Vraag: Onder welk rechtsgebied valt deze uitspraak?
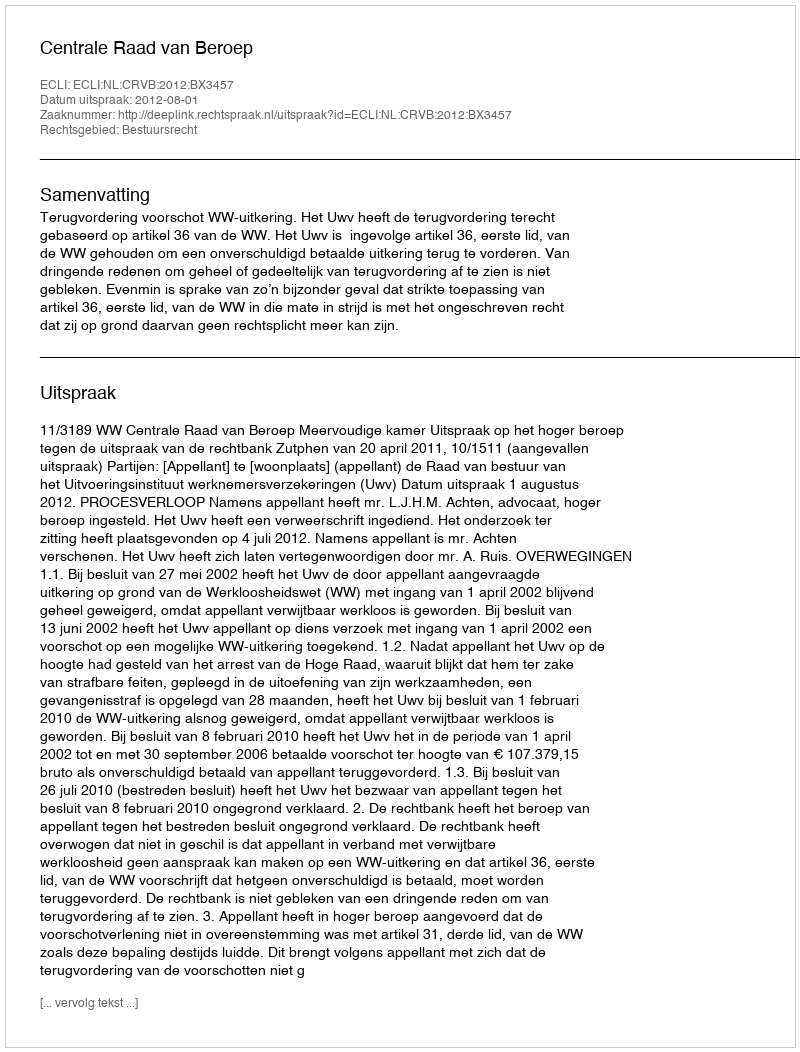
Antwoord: Bestuursrecht